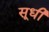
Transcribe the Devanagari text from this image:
सूधी